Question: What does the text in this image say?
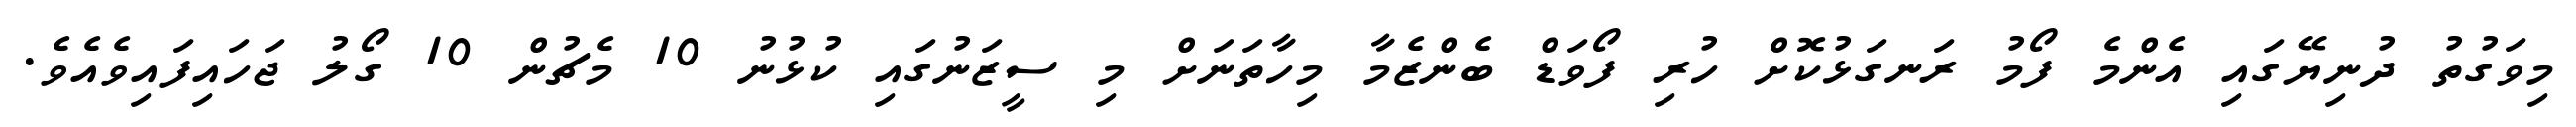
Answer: މިވަގުތު ދުނިޔޭގައި އެންމެ ފޯމު ރަނގަޅުކޮށް ހުރި ފޯވަޑް ބެންޒެމާ މިހާތަނަށް މި ސީޒަނުގައި ކުޅުނު 10 މެޗުން 10 ގޯލު ޖަހައިފައިވެއެވެ.